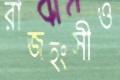
রাজহংসীও